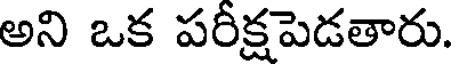
అని ఒక పరీక్షపెడతారు.